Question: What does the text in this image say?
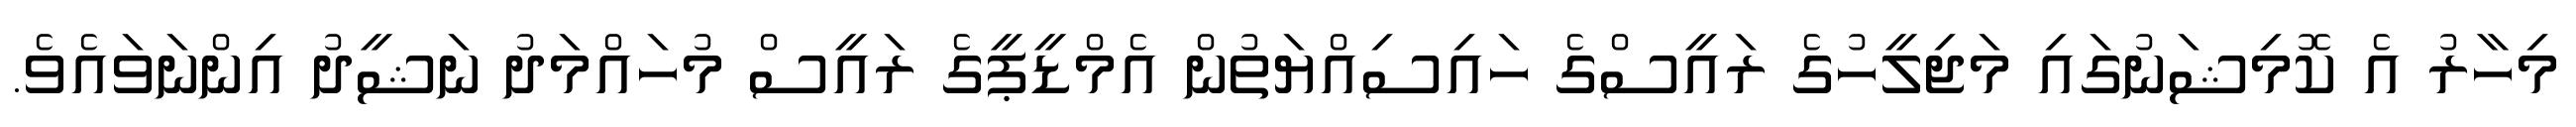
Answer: މިހާރު އެ ކޮމިޝަނުގައި މަޖިލީހުގެ ރައީސްގެ ހައިސިއްޔަތުން އެމްޑީޕީގެ ރައީސް މުހައްމަދު ނަޝީދު އިންނަވައެވެ.